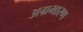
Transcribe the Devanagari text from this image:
अग्रभारण